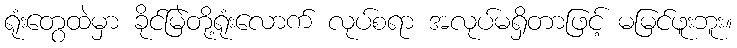
ရုံးတွေထဲမှာ ခိုင်မြဲတို့ရုံးလောက် လုပ်စရာ အလုပ်မရှိတာဖြင့် မမြင်ဖူးဘူး။